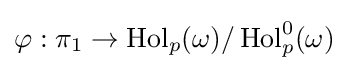
\varphi :\pi _{1}\to \operatorname {Hol} _{p}(\omega )/\operatorname {Hol} _{p}^{0}(\omega )